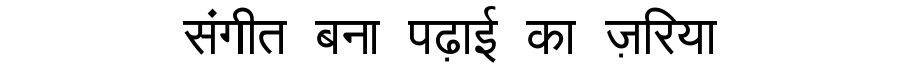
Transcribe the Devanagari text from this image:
संगीत बना पढ़ाई का ज़रिया